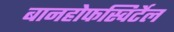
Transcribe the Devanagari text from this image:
बानहोफस्विर्टेल